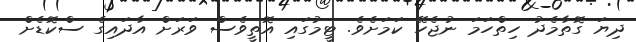
ދިޔަ ގޮތާމެދު ހިތްހަމަ ނުޖެހޭ ކަމަށެވެ. ޓީމުގައި އޮތީވެސް ވަރަށް އާދައިގެ ސްކޮޑެށް